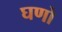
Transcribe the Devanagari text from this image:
घणो